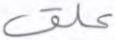
علق